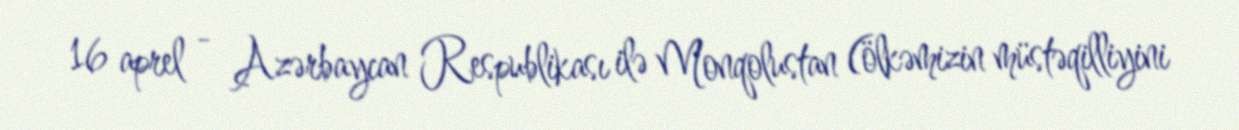
16 aprel - Azərbaycan Respublikası ilə Monqolustan (ölkəmizin müstəqilliyini